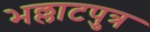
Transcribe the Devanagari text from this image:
भल्लाटपुत्र